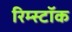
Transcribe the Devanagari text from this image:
रिम्स्टॉक